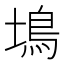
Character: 䲧